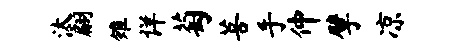
汰翩雉详萄菩手仲擘凉